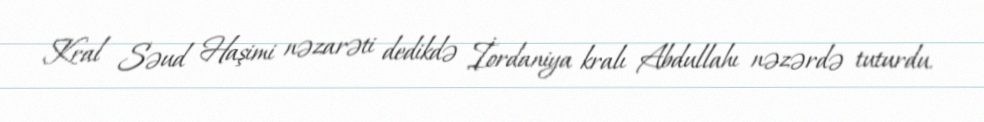
Kral Səud Haşimi nəzarəti dedikdə İordaniya kralı Abdullahı nəzərdə tuturdu.